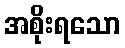
အစိုးရသော